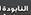
اللايودة